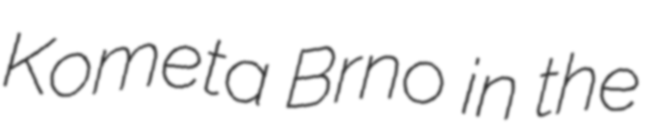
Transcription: Kometa Brno in the